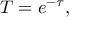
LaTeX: T = e ^ { - \tau } ,